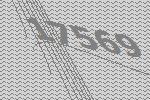
17569